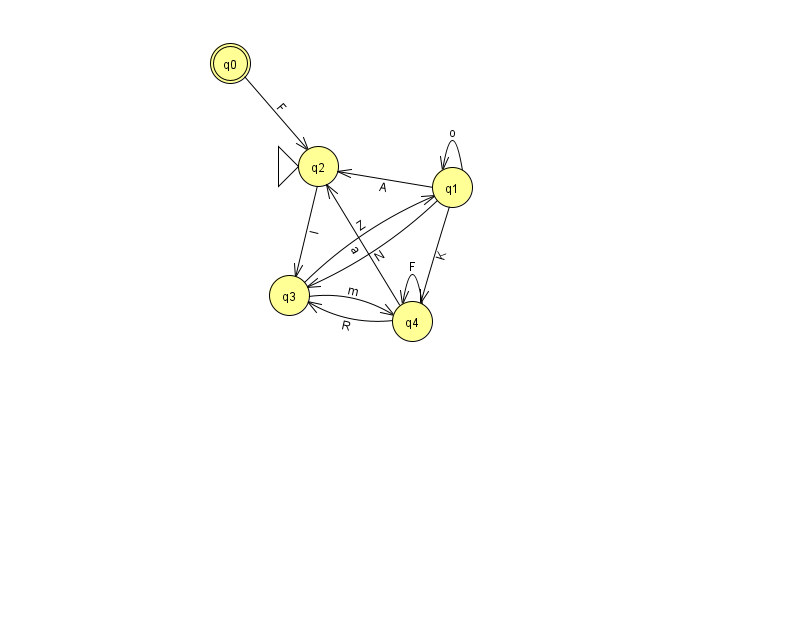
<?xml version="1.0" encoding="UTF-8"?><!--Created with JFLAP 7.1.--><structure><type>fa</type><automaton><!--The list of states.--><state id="0" name="q0"><x>230.0</x><y>50.0</y><final/></state><state id="1" name="q1"><x>452.0</x><y>174.0</y></state><state id="2" name="q2"><x>318.0</x><y>153.0</y><initial/></state><state id="3" name="q3"><x>289.0</x><y>282.0</y></state><state id="4" name="q4"><x>412.0</x><y>308.0</y></state><!--The list of transitions.--><transition><from>1</from><to>4</to><read>K</read></transition><transition><from>2</from><to>3</to><read>I</read></transition><transition><from>4</from><to>2</to><read>a</read></transition><transition><from>3</from><to>4</to><read>m</read></transition><transition><from>4</from><to>4</to><read>F</read></transition><transition><from>0</from><to>2</to><read>F</read></transition><transition><from>1</from><to>2</to><read>A</read></transition><transition><from>4</from><to>3</to><read>R</read></transition><transition><from>3</from><to>1</to><read>Z</read></transition><transition><from>1</from><to>3</to><read>N</read></transition><transition><from>1</from><to>1</to><read>o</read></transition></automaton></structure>